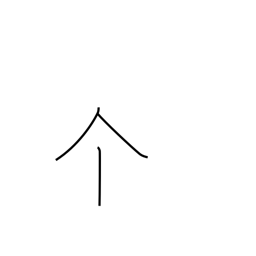
Meaning: individual